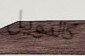
كالدويل